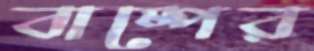
বাষ্পের